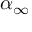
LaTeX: \ \alpha _ { \infty }